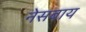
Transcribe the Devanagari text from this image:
नेसबाय